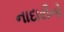
નાદારીનો